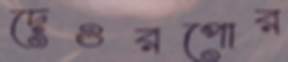
দেওরপোর